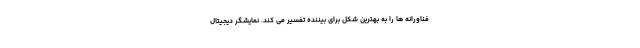
فناورانه ها را به بهترین شکل برای بیننده تفسیر می کند. نمایشگر دیجیتال